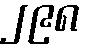
၂၉၈